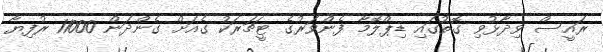
ރައީސް ވިދާޅުވި ގޮތުގައި ޑިޕްލޮމާ ފެންވަރުގެ ޓީޗަރަކު ގެއަށް ގެންދަން 11000 ރުފިޔާ